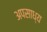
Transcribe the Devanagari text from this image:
अपसाध्य